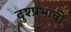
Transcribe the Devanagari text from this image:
दुश्प्रभावों